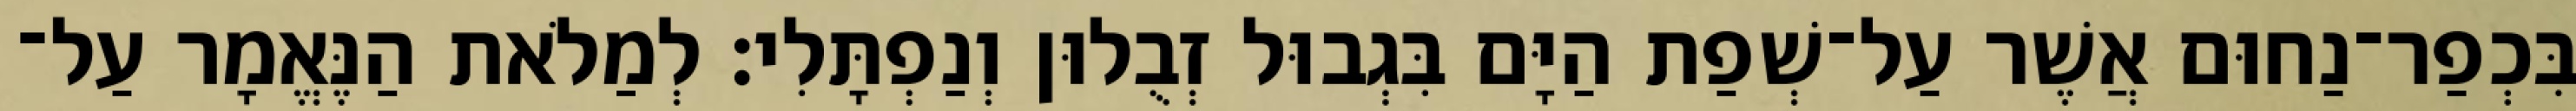
בִּכְפַר־נַחוּם אֲשֶׁר עַל־שְׁפַת הַיָּם בִּגְבוּל זְבֻלוּן וְנַפְתָּלִי׃ לְמַלֹאת הַנֶּאֱמָר עַל־